Insane asylums in Bengal annual reports 1867-1875 - 1867-1875
Year: 1867
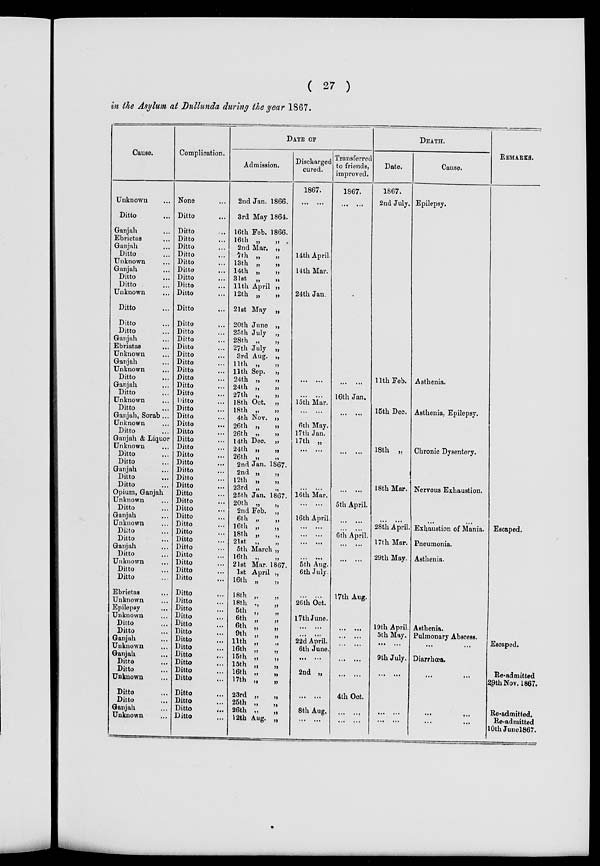
( 27 )
in the Asylum at Dullunda during the year 1867.
Cause.
Unknown ...
Ditto ...
Ganjah ...
Ebrietas ...
Ganjah ...
Ditto ...
Unknown ...
Ganjah ...
Ditto ...
Ditto ...
Unknown ...
Ditto ...
Ditto ...
Ditto ...
Ganjah ...
Ebriatas ...
Unknown ...
Ganjah ...
Unknown ...
Ditto ...
Ganjah ...
Ditto ...
Unknown ...
Ditto ...
Ganjah, Sorab...
Unknown ...
Ditto ...
Ganjah & Liquor
Unknown ...
Ditto ...
Ditto ...
Ganjah ...
Ditto ...
Ditto ...
Opium, Ganjah
Unknown ...
Ditto ...
Ganjah ...
Unknown ...
Ditto ...
Ditto ...
Ganjah ...
Ditto ...
Unknown ...
Ditto ...
Ditto ...
Ebrietas ...
Unknown ...
Epilepsy ...
Unknown ...
Ditto ...
Ditto ...
Ganjah ...
Unknown ...
Ganjah ...
Ditto ...
Ditto ...
Unknown ...
Ditto ...
Ditto ...
Ganjah ...
Unknown ...
Complication.
None ...
Ditto ...
Ditto ...
Ditto ...
Ditto ...
Ditto ...
Ditto ...
Ditto ...
Ditto ...
Ditto ...
Ditto ...
Ditto ...
Ditto ...
Ditto ...
Ditto ...
Ditto ...
Ditto ...
Ditto ...
Ditto ...
Ditto ...
Ditto ...
Ditto ...
Ditto ...
Ditto ...
Ditto ...
Ditto ...
Ditto ...
Ditto ...
Ditto ...
Ditto ...
Ditto ...
Ditto ...
Ditto ...
Ditto ...
Ditto ...
Ditto ...
Ditto ...
Ditto ...
Ditto ...
Ditto ...
Ditto ...
Ditto ...
Ditto ...
Ditto ...
Ditto ...
Ditto ...
Ditto ...
Ditto ...
Ditto ...
Ditto ...
Ditto ...
Ditto ...
Ditto ...
Ditto ...
Ditto ...
Ditto ...
Ditto ...
Ditto ...
Ditto ...
Ditto ...
Ditto ...
Ditto ...
DATE OF
Admission.
2nd Jan. 1866.
3rd May 1864.
16th Feb. 1866.
16th „
„
2nd Mar. „
7th „
„
13th „
„
14th „
„
31st „
„
11th April „
12th „
„
21st May „
20th June „
25th July „
28th „
„
27th July „
3rd Aug. „
11th „
„
11th Sep. „
24th „
„
24th „
„
27th „
„
18th Oct. „
18th „
„
4th Nov. „
26th „
„
26th „
„
14th Dec. „
24th „
„
26th „
„
2nd Jan. 1867.
2nd „
„
12th „
„
23rd „
„
25th Jan. 1867.
20th „ „
2nd Feb. „
6th „
„
16th „
„
18th „
„
21st
„
„
5th March „
16th „
21st Mar. 1867.
1st April „
16th „ „
18th „
„
18th
„
„
5th „
„
6th „ „
6th „ „
9th „ „
11th „ „
16th „
„
15th „
„
15th
„
„
16th „
„
17th „
„
23rd „
„
25th „
„
26th
„
„
12th Aug. „
Discharged
cured.
1867.
... ...
14th April.
14th Mar.
24th Jan.
... ...
... ...
15th Mar.
... ...
... ...
6th May.
17th Jan.
17th „
... ...
... ...
16th Mar.
... ...
16th April
... ...
... ...
...
...
... ...
5th Aug.
6th July.
... ...
26th Oct.
17th June.
...
...
...
...
22d April.
6th June
... ...
2nd „
... ...
8th Aug
... ...
Transferred
to friends,
improved.
1867.
... ...
... ...
16th Jan.
...
...
...
...
... ...
5th April.
... ...
... ...
6th April.
... ...
17th Aug.
... ...
... ...
... ...
...
...
... ...
4th Oct.
...
...
... ...
DEATH.
Date.
1867.
2nd July.
11th Feb.
15th Dec.
18th „
18th Mar.
...
...
28th April
17th Mar.
29th May.
19th April
5th May.
... ...
9th July.
...
...
...
...
...
...
Cause.
Epilepsy.
Asthenia.
Asthenia, Epilepsy.
Chronic Dysentery.
Nervous Exhaustion.
...
...
Exhaustion of Mania.
Pneumonia.
Asthenia.
Asthenia.
Pulmonary Abscess.
...
...
Diarrhœa.
...
...
...
...
...
...
REMARKS.
Escaped.
Escaped.
Re- admitted
29th Nov. 1867.
Re-admitted.
Re-admitted
10th June1867.